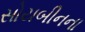
સોયબીનના